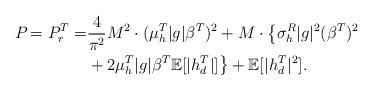
LaTeX: \begin{align*} P_{}=P^T_r =& \frac{4}{\pi^2} M^2\cdot (\mu^T_h|g|\beta^T)^2 + M\cdot\big\{\sigma^R_h|g|^2(\beta^T)^2\\ &+ 2\mu^T_h|g|\beta^T \mathbb{E}[|h^T_d|] \big\}+\mathbb{E}[|h^T_d|^2]. \end{align*}